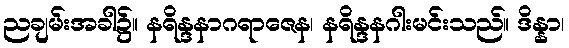
ညချမ်းအခါ၌။ နရိန္ဒနာဂရာဇေန၊ နရိန္ဒနဂါးမင်းသည်။ ဒိန္နာ၊